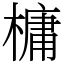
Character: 槦